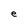
Character: e